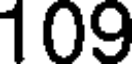
109